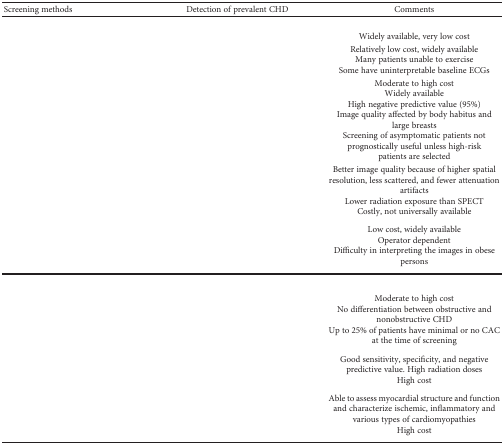
<table><thead><tr><td><b>Screening methods</b></td><td><b>Detection of prevalent CHD</b></td><td><b>Comments</b></td></tr></thead><tbody><tr><td colspan="3">[EMPTY_CELL]</td></tr><tr><td>[EMPTY_CELL]</td><td>[EMPTY_CELL]</td><td>Widely available, very low cost</td></tr><tr><td>[EMPTY_CELL]</td><td>[EMPTY_CELL]</td><td>Relatively low cost, widely availableMany patients unable to exerciseSome have uninterpretable baseline ECGs</td></tr><tr><td>[EMPTY_CELL]</td><td>[EMPTY_CELL]</td><td>Moderate to high costWidely availableHigh negative predictive value (95%)Image quality affected by body habitus and large breastsScreening of asymptomatic patients not prognostically useful unless high-risk patients are selected</td></tr><tr><td>[EMPTY_CELL]</td><td>[EMPTY_CELL]</td><td>Better image quality because of higher spatial resolution, less scattered, and fewer attenuation artifactsLower radiation exposure than SPECTCostly, not universally available</td></tr><tr><td>[EMPTY_CELL]</td><td>[EMPTY_CELL]</td><td>Low cost, widely availableOperator dependentDifficulty in interpreting the images in obese persons</td></tr><tr><td colspan="3">[EMPTY_CELL]</td></tr><tr><td>[EMPTY_CELL]</td><td>[EMPTY_CELL]</td><td>Moderate to high costNo differentiation between obstructive and nonobstructive CHDUp to 25% of patients have minimal or no CAC at the time of screening</td></tr><tr><td>[EMPTY_CELL]</td><td>[EMPTY_CELL]</td><td>Good sensitivity, specificity, and negative predictive value. High radiation dosesHigh cost</td></tr><tr><td>[EMPTY_CELL]</td><td>[EMPTY_CELL]</td><td>Able to assess myocardial structure and function and characterize ischemic, inflammatory and various types of cardiomyopathiesHigh cost</td></tr></tbody></table>